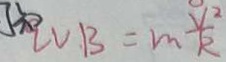
L V B = m \frac { V ^ { 2 } } { R }